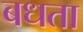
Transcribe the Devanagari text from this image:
बधता